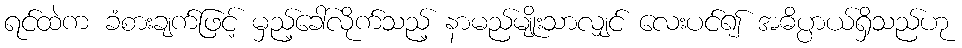
ရင်ထဲက ခံစားချက်ဖြင့် မှည့်ခေါ်လိုက်သည့် နာမည်မျိုးသာလျှင် လေးပင်၍ အဓိပ္ပာယ်ရှိသည်ဟု